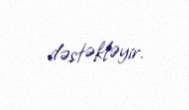
dəstəkləyir.